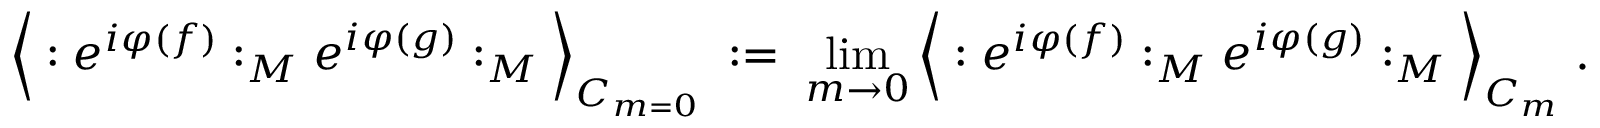
\Big \langle : e ^ { i \varphi ( f ) } : _ { M } e ^ { i \varphi ( g ) } : _ { M } \Big \rangle _ { C _ { m = 0 } } \; : = \; \operatorname * { l i m } _ { m \rightarrow 0 } \Big \langle : e ^ { i \varphi ( f ) } : _ { M } e ^ { i \varphi ( g ) } : _ { M } \Big \rangle _ { C _ { m } } \; .